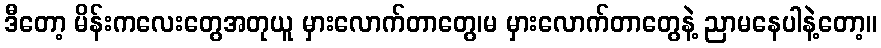
ဒီတော့ မိန်းကလေးတွေအတုယူ မှားလောက်တာတွေ၊မ မှားလောက်တာတွေနဲ့ ညာမနေပါနဲ့တော့။